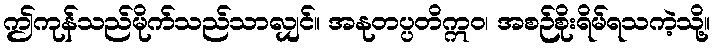
ဤကုန်သည်မိုက်သည်သာလျှင်။ အနုတပ္ပတိဣဝ၊ အစဉ်စိုးရိမ်ရသကဲ့သို့။